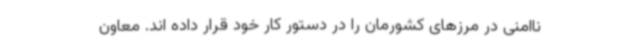
ناامنی در مرزهای کشورمان را در دستور کار خود قرار داده اند. معاون